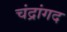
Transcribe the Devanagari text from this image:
चंद्रांगद